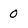
Character: 0